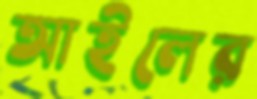
আইলের